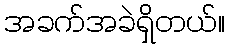
အခက်အခဲရှိတယ်။